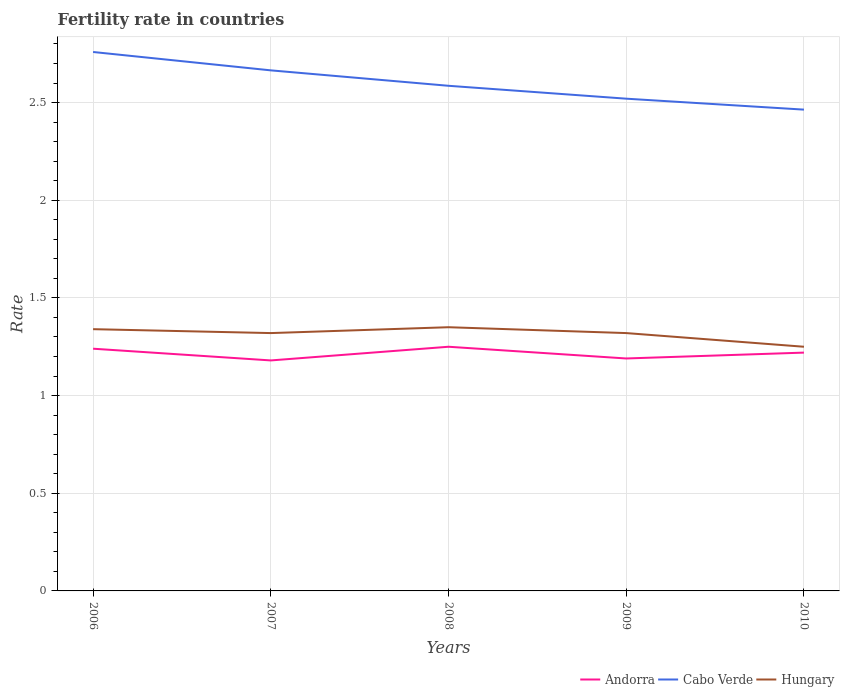
| Years | Andorra | Cabo Verde | Hungary |
 | --- | --- | --- | --- |
 | 2006 | 1.24 | 2.76 | 1.34 |
 | 2007 | 1.18 | 2.67 | 1.32 |
 | 2008 | 1.25 | 2.59 | 1.35 |
 | 2009 | 1.19 | 2.52 | 1.32 |
 | 2010 | 1.22 | 2.46 | 1.25 |